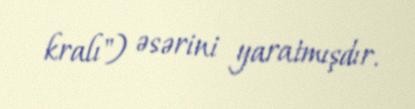
kralı") əsərini yaratmışdır.